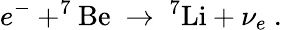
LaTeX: e^{-}+^{7}\mathrm{Be}\ \to\ ^{7}\mathrm{Li}+\nu_{e}\ .